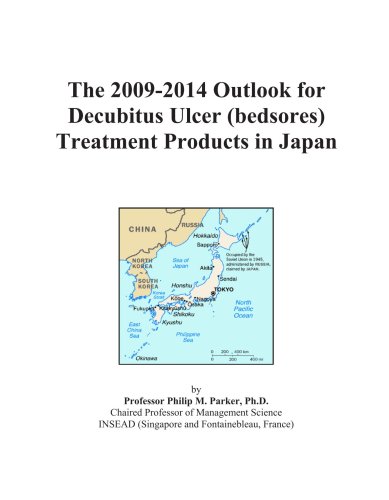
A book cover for The 2009-2014 Outlook for Decubitus Ulcer (bedsores) Treatment Products in Japan; Icon Group International; Health, Fitness & Dieting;